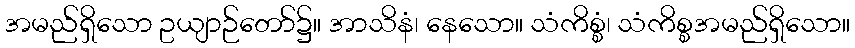
အမည်ရှိသော ဥယျာဉ်တော်၌။ အာသိနံ၊ နေသော။ သံကိစ္စံ၊ သံကိစ္စအမည်ရှိသော။